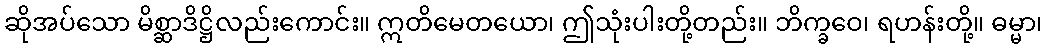
ဆိုအပ်သော မိစ္ဆာဒိဋ္ဌိလည်းကောင်း။ ဣတိမေတယော၊ ဤသုံးပါးတို့တည်း။ ဘိက္ခဝေ၊ ရဟန်းတို့။ ဓမ္မာ၊